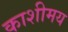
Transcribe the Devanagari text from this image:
काशीमय